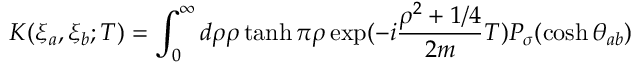
K ( \xi _ { a } , \xi _ { b } ; T ) = \int _ { 0 } ^ { \infty } d \rho \rho \operatorname { t a n h } \pi \rho \exp ( - i \frac { \rho ^ { 2 } + 1 / 4 } { 2 m } T ) P _ { \sigma } ( \cosh \theta _ { a b } )